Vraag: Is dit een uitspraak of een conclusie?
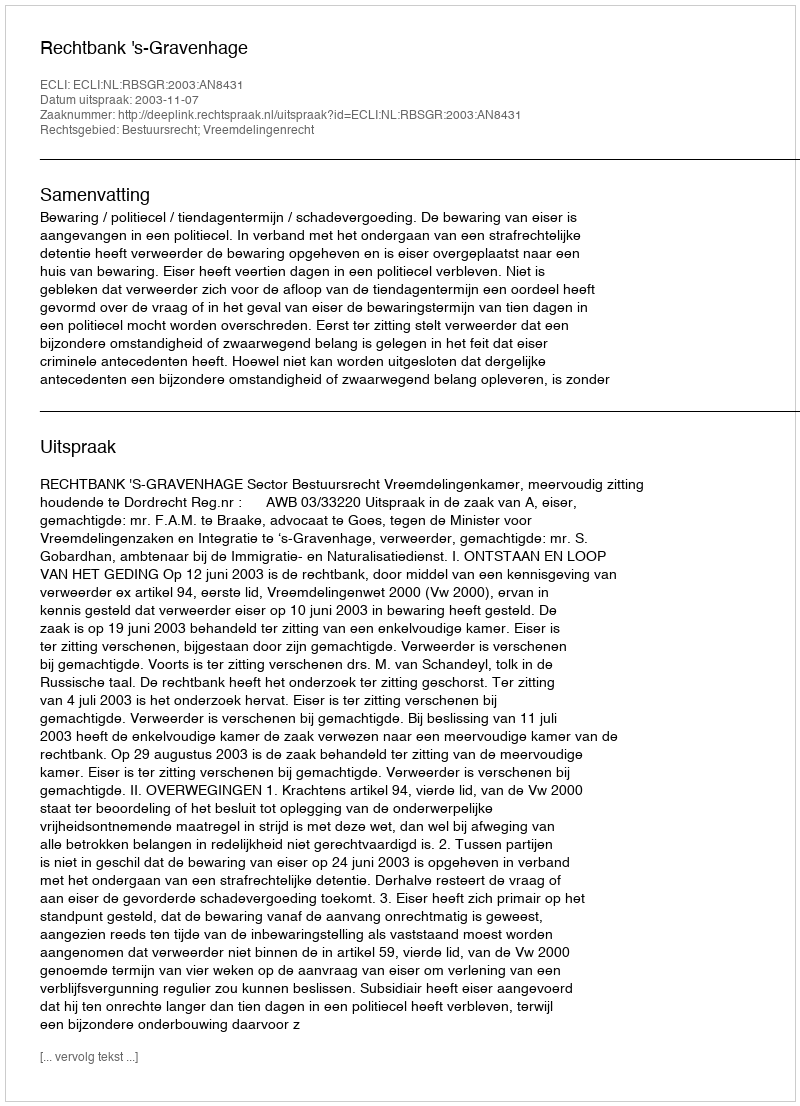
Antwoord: Uitspraak